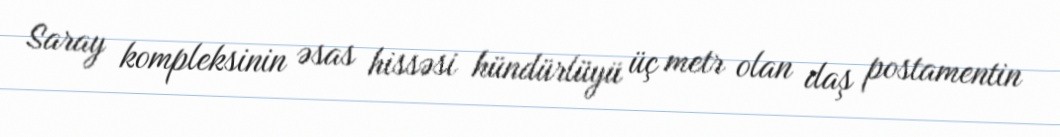
Saray kompleksinin əsas hissəsi hündürlüyü üç metr olan daş postamentin